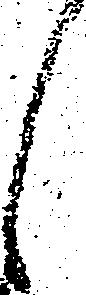
々